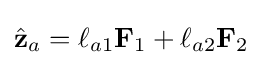
{\hat {\mathbf {z} }}_{a}=\ell _{a1}\mathbf {F} _{1}+\ell _{a2}\mathbf {F} _{2}